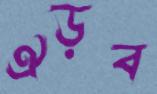
ঐড়ব